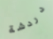
دردشة